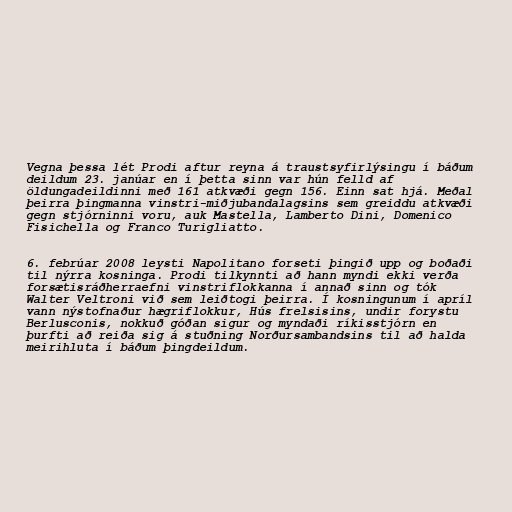
Vegna þessa lét Prodi aftur reyna á traustsyfirlýsingu í báðum
deildum 23. janúar en í þetta sinn var hún felld af
öldungadeildinni með 161 atkvæði gegn 156. Einn sat hjá. Meðal
þeirra þingmanna vinstri-miðjubandalagsins sem greiddu atkvæði
gegn stjórninni voru, auk Mastella, Lamberto Dini, Domenico
Fisichella og Franco Turigliatto.

6. febrúar 2008 leysti Napolitano forseti þingið upp og boðaði
til nýrra kosninga. Prodi tilkynnti að hann myndi ekki verða
forsætisráðherraefni vinstriflokkanna í annað sinn og tók
Walter Veltroni við sem leiðtogi þeirra. Í kosningunum í apríl
vann nýstofnaður hægriflokkur, Hús frelsisins, undir forystu
Berlusconis, nokkuð góðan sigur og myndaði ríkisstjórn en
þurfti að reiða sig á stuðning Norðursambandsins til að halda
meirihluta í báðum þingdeildum.